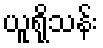
ယူရိုသန်း